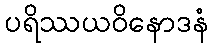
ပရိဿယဝိနောဒနံ